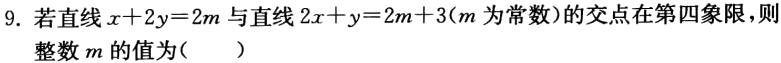
9. 若直线\(x + 2y = 2m\)与直线\(2x + y = 2m + 3\)(\(m\)为常数)的交点在第四象限，则整数\(m\)的值为（  ）